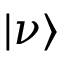
\vert \nu \rangle